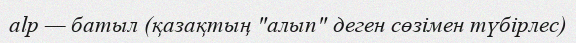
alp — батыл (қазақтың "алып" деген сөзімен түбірлес)